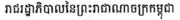
រាជរដ្ឋាភិបាលនៃព្រះរាជណាចក្រកម្ពុជា